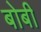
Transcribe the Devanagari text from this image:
बोबी